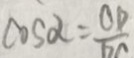
\cos \alpha = \frac { O D } { D C }